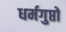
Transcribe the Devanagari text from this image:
धर्मगुप्तों